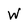
Character: W